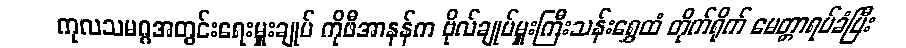
ကုလသမဂ္ဂအတွင်းရေးမှူးချုပ် ကိုဖီအာနန်က ဗိုလ်ချုပ်မှူးကြီးသန်းရွှေထံ တိုက်ရိုက် မေတ္တာရပ်ခံပြီး